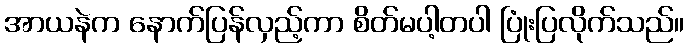
အာယနဲက နောက်ပြန်လှည့်ကာ စိတ်မပါ့တပါ ပြုံးပြလိုက်သည်။